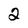
Character: 2